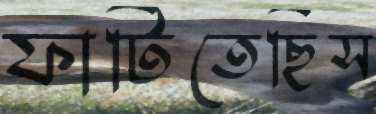
ফাটিতেছিস